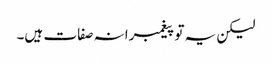
لیکن یہ تو پیغمبرانہ صفات ہیں۔